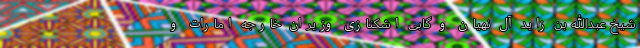
شیخ عبدالله بن زاید آل نهیان و گابی اشکنازی وزیران خارجه امارات و